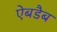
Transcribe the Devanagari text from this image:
ऐबडैब